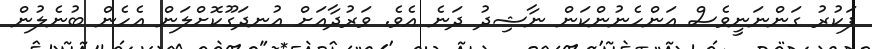
ފަކުރު ގަންނަނީވެސް އަންހެނުންކަން ނާޝިދު ދަނެ އެވެ. ވަރުދާއަށް އުނދަގޫކޮށްލަން އެހެން ބުނެލުން